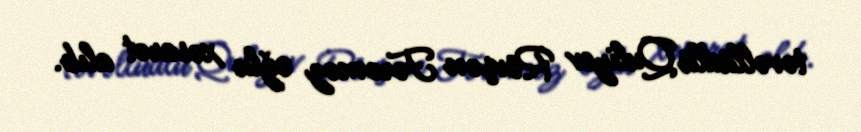
təvəllüdlü Quliyev Rövşən Fərəməz oğlu xəsarət alıb.